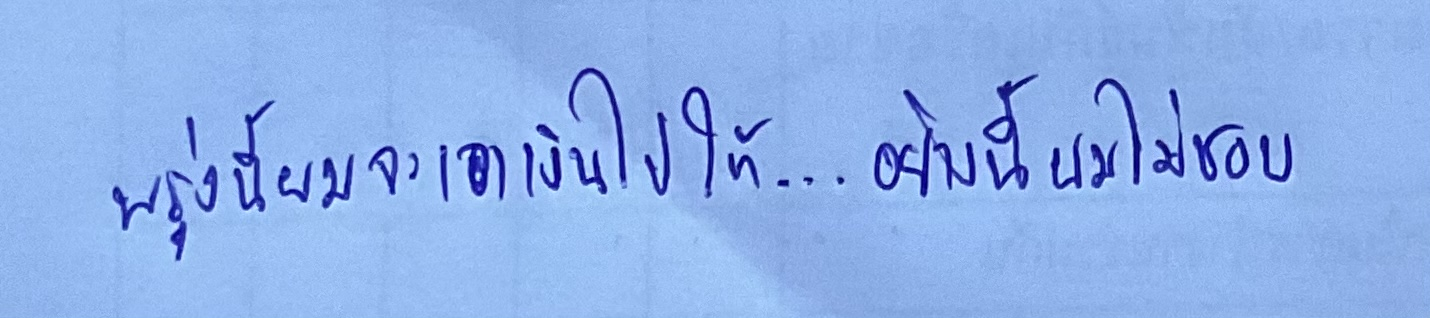
"พรุ่งนี้ผมจะเอาเงินไปให้...อย่างนี้ผมไม่ชอบ"